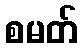
စမတ်